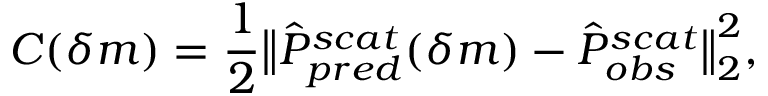
C ( \delta m ) = \frac { 1 } { 2 } \big \| \hat { P } _ { p r e d } ^ { s c a t } ( \delta m ) - \hat { P } _ { o b s } ^ { s c a t } \big \| _ { 2 } ^ { 2 } ,